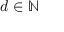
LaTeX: d \in \mathbb { N }